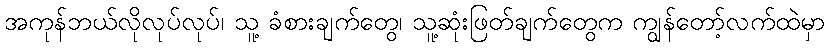
အကုန်ဘယ်လိုလုပ်လုပ်၊ သူ့ ခံစားချက်တွေ၊ သူ့ဆုံးဖြတ်ချက်တွေက ကျွန်တော့်လက်ထဲမှာ